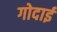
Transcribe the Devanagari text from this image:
गोदाई